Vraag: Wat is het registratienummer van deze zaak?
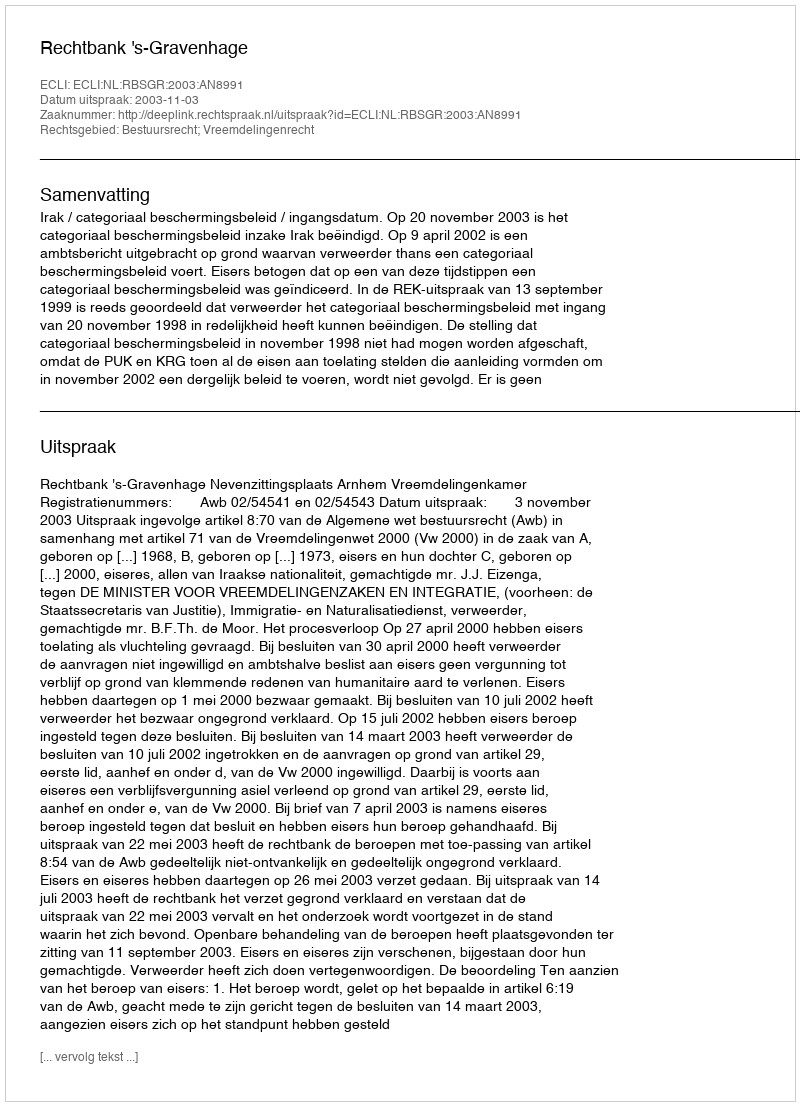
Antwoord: http://deeplink.rechtspraak.nl/uitspraak?id=ECLI:NL:RBSGR:2003:AN8991